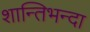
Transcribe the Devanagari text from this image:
शान्तिभन्दा